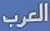
العرب